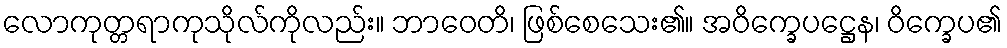
လောကုတ္တရာကုသိုလ်ကိုလည်း။ ဘာဝေတိ၊ ဖြစ်စေသေး၏။ အဝိက္ခေပဋ္ဌေန၊ ဝိက္ခေပ၏